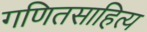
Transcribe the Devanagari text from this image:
गणितसाहित्य